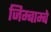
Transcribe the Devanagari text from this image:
जिम्बाम्बे